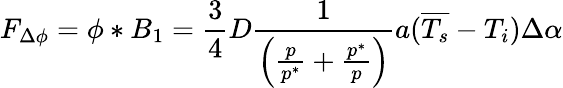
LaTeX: F_{\Delta\phi}=\phi*B_{1}=\frac{3}{4}D\frac{1}{\left(\frac{p}{p^{*}}+\frac{p^{*}}{p}\right)}a(\overline{{T_{s}}}-T_{i})\Delta\alpha